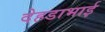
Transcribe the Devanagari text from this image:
देहडाभाई